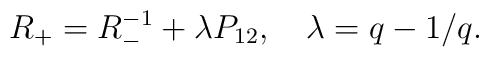
R_{+}=R_{-}^{-1}+\lambda P_{12},~~~\lambda =q-1/q.